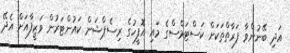
އަދި ބޭނުންވާ ފަރާތްތަކަށް ކަސްޓަމްސްގެ މައި އޮފީހުގެ ރިސެޕްޝަން ކައުންޓަރުން ވަޒީފާއަށް އެދޭ